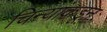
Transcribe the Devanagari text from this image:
चिन्यांकडून